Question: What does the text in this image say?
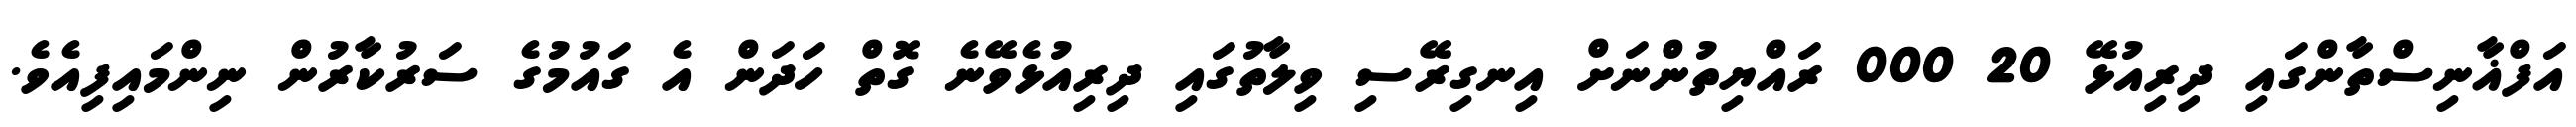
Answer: އަފްޣާނިސްތާންގައި ދިރިއުޅޭ 20 000 ރައްޔިތުންނަށް އިނގިރޭސި ވިލާތުގައި ދިރިއުޅެވޭނެ ގޮތް ހަދަން އެ ގައުމުގެ ސަރުކާރުން ނިންމައިފިއެވެ.